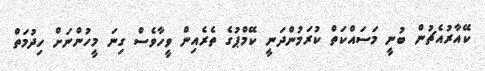
ކޭއާރުއެޗުން ބުނީ މަސައްކަތް ކުރަމުންދަނީ ކޭމްޕުގެ ތެރެއިން ވީހާވެސް ގިނަ މީހުންނަށް ހިދުމަތް